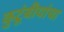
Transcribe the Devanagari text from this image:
कुटूंबीयांचा